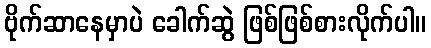
ဗိုက်ဆာနေမှာပဲ ခေါက်ဆွဲ ဖြစ်ဖြစ်စားလိုက်ပါ။